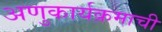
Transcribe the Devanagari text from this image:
अणुकार्यक्रमाची